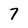
Character: 7